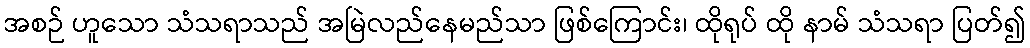
အစဉ် ဟူသော သံသရာသည် အမြဲလည်နေမည်သာ ဖြစ်ကြောင်း၊ ထိုရုပ် ထို နာမ် သံသရာ ပြတ်၍